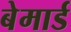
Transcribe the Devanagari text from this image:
बेमार्ड